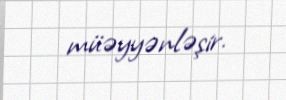
müəyyənləşir.